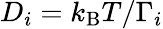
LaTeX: D_{i}=k_{\mathrm{B}}T/\Gamma_{i}